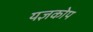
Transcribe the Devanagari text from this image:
यज्ञकोप